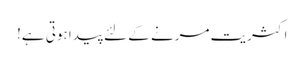
اکثریت مرنے کے لئے پیدا ہوتی ہے!